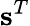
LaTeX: \mathbf{s}^{T}